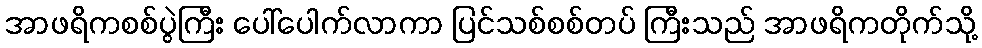
အာဖရိကစစ်ပွဲကြီး ပေါ်ပေါက်လာကာ ပြင်သစ်စစ်တပ် ကြီးသည် အာဖရိကတိုက်သို့